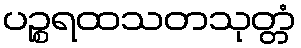
ပဉ္စရထသတသုတ္တံ